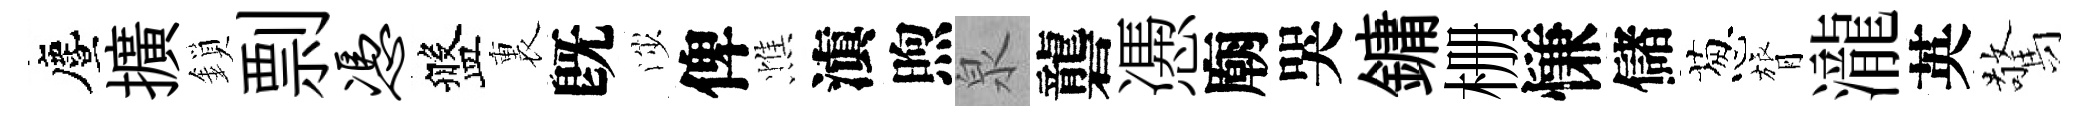
󵨌擴鎖剽凭盤裏旣渉俾憔滇煦泉礱慿廟哭鏞栅慊儲葱膂瀧英驚